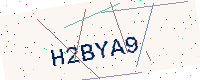
Text: H2BYA9